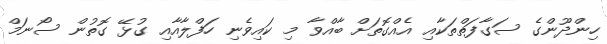
ހިންދޫންގެ ސަގާފަތްތަކާއި އެއްގޮތަށް ބާއްވާ މި ކައިވެނި ހަފްލާއާއި ގުޅޭ ގޮތުން ސޯނަމް